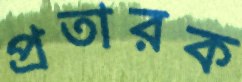
প্রতারক